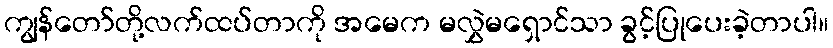
ကျွန်တော်တို့လက်ထပ်တာကို အမေက မလွှဲမရှောင်သာ ခွင့်ပြုပေးခဲ့တာပါ။